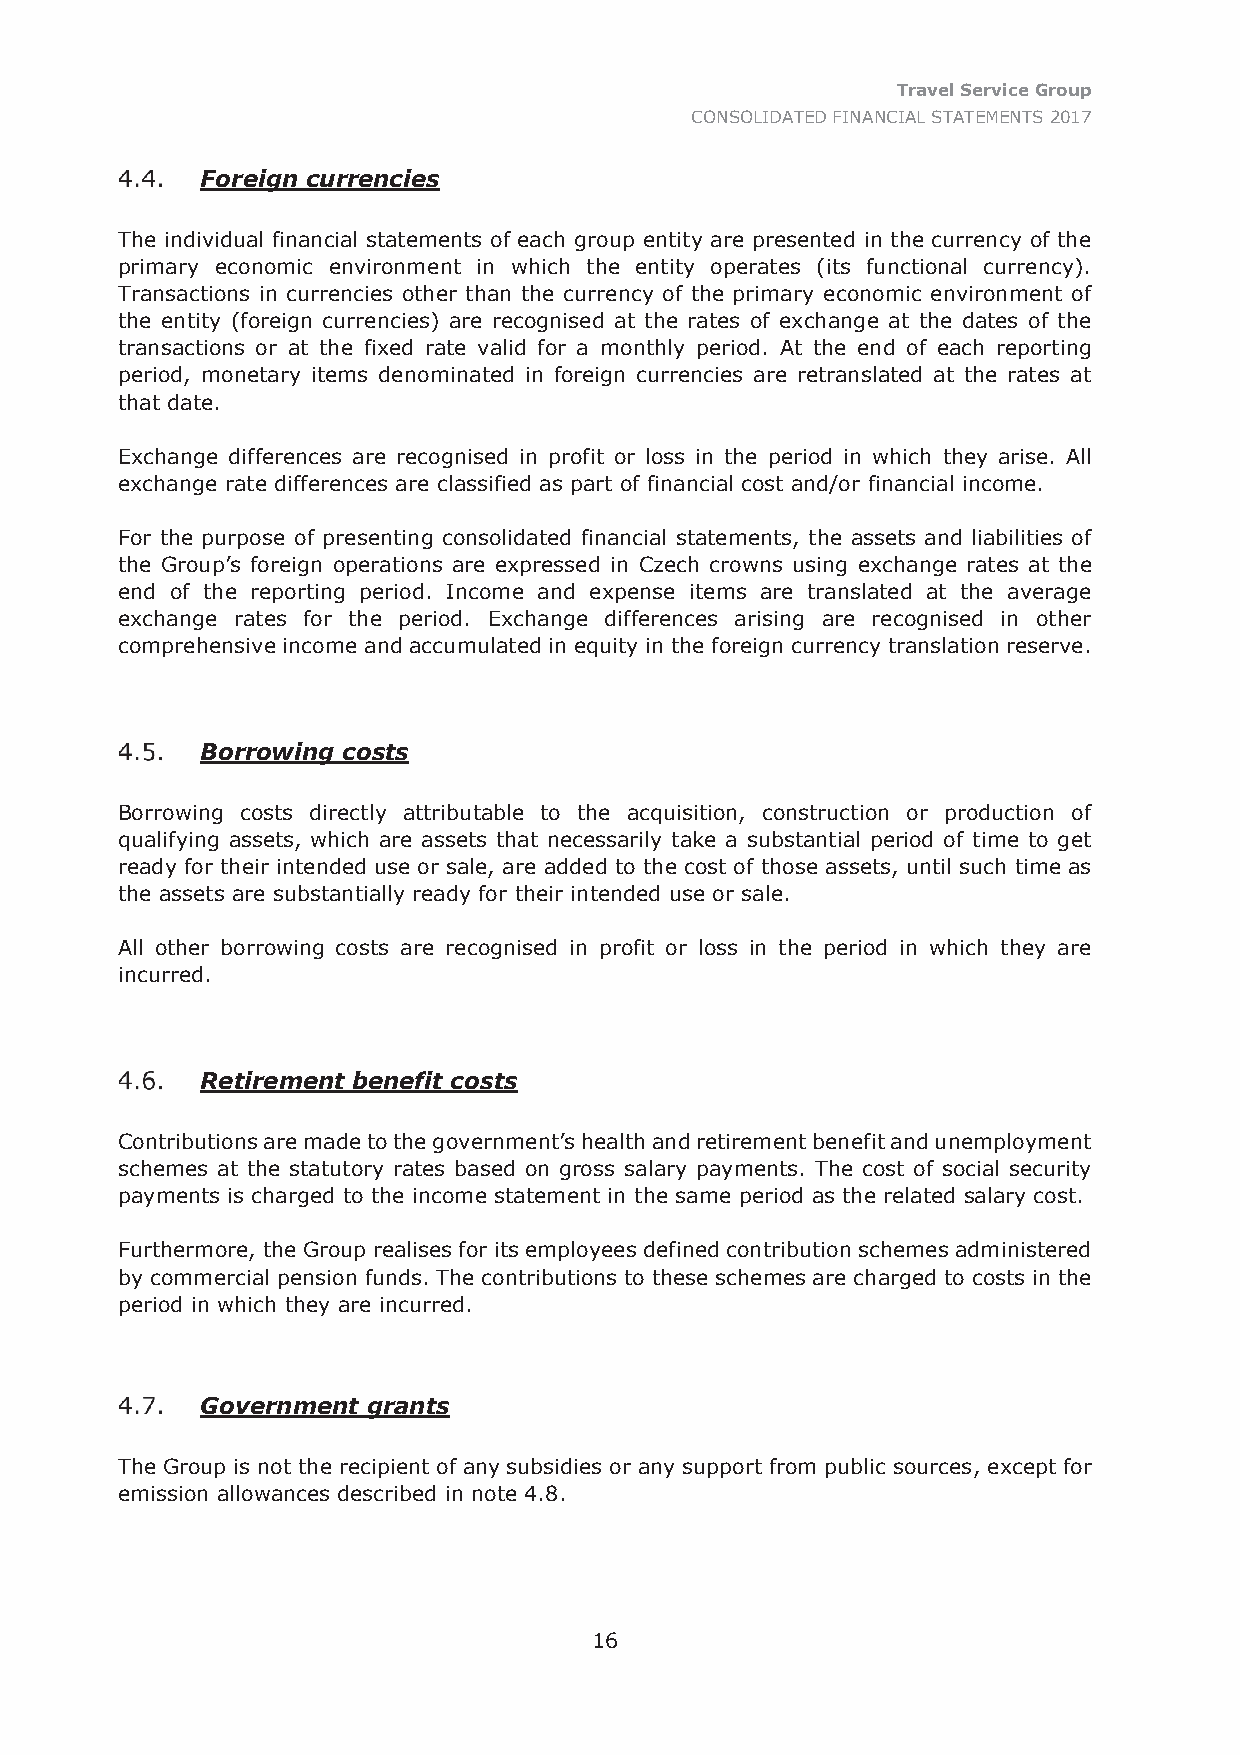
Travel Service Group
 CONSOLIDATED FINANCIAL STATEMENTS 2017
 Foreign currencies
 The individual financial statements of each group entity are presented in the currency of the
 primary economic environment in which the entity operates (its functional currency).
 Transactions in currencies other than the currency of the primary economic environment of
 the entity (foreign currencies) are recognised at the rates of exchange at the dates of the
 transactions or at the fixed rate valid for a monthly period. At the end of each reporting
 period, monetary items denominated in foreign currencies are retranslated at the rates at
 that date.
 Exchange differences are recognised in profit or loss in the period in which they arise. All
 exchange rate differences are classified as part of financial cost and/or financial income.
 For the purpose of presenting consolidated financial statements, the assets and liabilities of
 the Group’s foreign operations are expressed in Czech crowns using exchange rates at the
 end of the reporting period. Income and expense items are translated at the average
 exchange rates for the period. Exchange differences arising are recognised in other
 comprehensive income and accumulated in equity in the foreign currency translation reserve.
 Borrowing costs
 Borrowing costs directly attributable to the acquisition, construction or production of
 qualifying assets, which are assets that necessarily take a substantial period of time to get
 ready for their intended use or sale, are added to the cost of those assets, until such time as
 the assets are substantially ready for their intended use or sale.
 All other borrowing costs are recognised in profit or loss in the period in which they are
 incurred.
 Retirement benefit costs
 Contributions are made to the government’s health and retirement benefit and unemployment
 schemes at the statutory rates based on gross salary payments. The cost of social security
 payments is charged to the income statement in the same period as the related salary cost.
 Furthermore, the Group realises for its employees defined contribution schemes administered
 by commercial pension funds. The contributions to these schemes are charged to costs in the
 period in which they are incurred.
 Government grants
 The Group is not the recipient of any subsidies or any support from public sources, except for
 emission allowances described in note 4.8.
 16